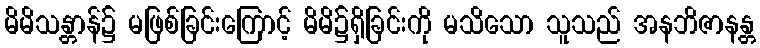
မိမိသန္တာန်၌ မဖြစ်ခြင်းကြောင့် မိမိ၌ရှိခြင်းကို မသိသော သူသည် အနဘိဇာနန္တ